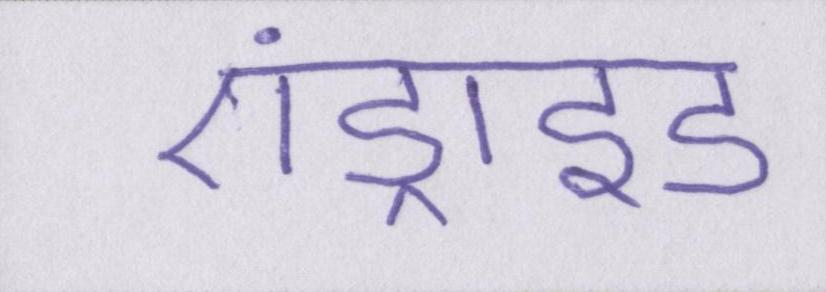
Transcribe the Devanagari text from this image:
एंड्राइड